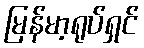
မြန်မာ့ရုပ်ရှင်